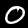
Label: 0